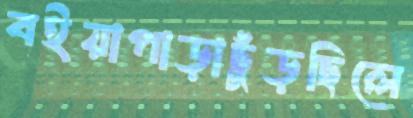
বইয়াপাড়াছুঁড়ছিলে